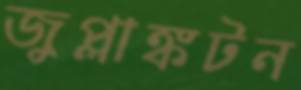
জুপ্লাঙ্কটন